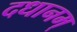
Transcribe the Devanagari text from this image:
दधानम्